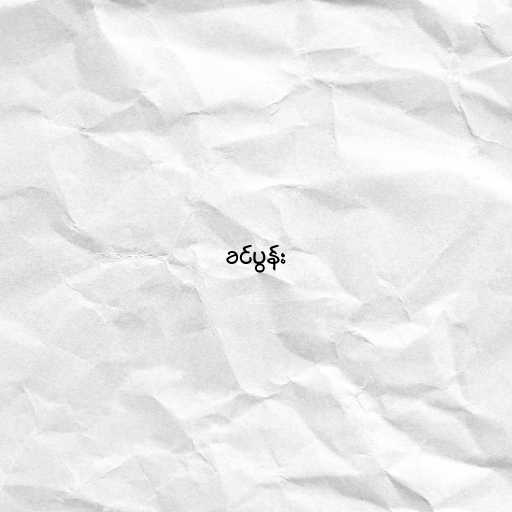
ခင်ပွန်း